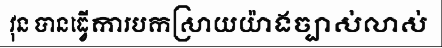
វុន បានធ្វើការបកស្រាយយ៉ាងច្បាស់លាស់